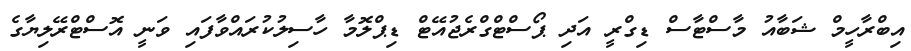
އިބްރާހީމް ޝަބާއު މާސްޓާސް ޑިގްރީ އަދި ޕޯސްޓްގްރެޖުއޭޓް ޑިޕްލޮމާ ހާސިލުކުރައްވާފައި ވަނީ އޮސްޓްރޭލިޔާގެ